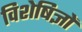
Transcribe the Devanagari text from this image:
विशेषिज्ञों